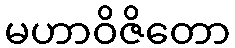
မဟာဝိဇိတော